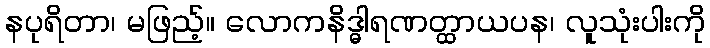
နပုရိတာ၊ မဖြည့်။ လောကနိဒ္ဓါရဏတ္ထာယပန၊ လူသုံးပါးကို